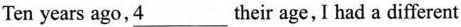
Ten years ago,\underline{4}___their age,I had a different